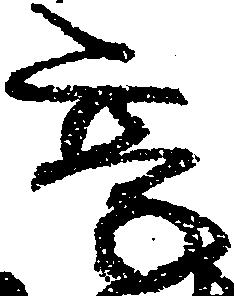
享